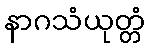
နာဂသံယုတ္တံ